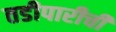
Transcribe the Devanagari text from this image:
तडीपारीची